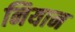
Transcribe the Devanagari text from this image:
नियान